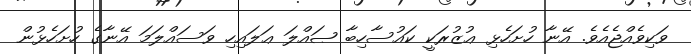
ވަކިވެއްޖެއެވެ. އޭނާ ހުށަހެޅި ޢުޒުރަކީ ކައުސާހިބާ ޞައްލަ ޢަލައިހި ވަސައްލަމަ އޭނާގެ ހުށަހެޅުން